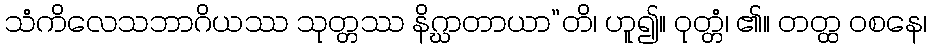
သံကိလေသဘာဂိယဿ သုတ္တဿ နိဂ္ဃာတာယာ”တိ၊ ဟူ၍။ ဝုတ္တံ၊ ၏။ တတ္ထ ဝစနေ၊